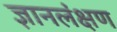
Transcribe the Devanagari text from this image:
ज्ञानलंक्षण